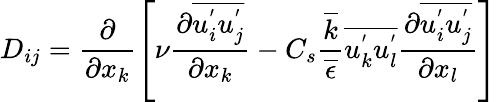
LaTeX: D_{ij}=\frac{\partial}{\partial x_{k}}\left[\nu\frac{\partial\overline{{u_{i}^{'}u_{j}^{'}}}}{\partial x_{k}}-C_{s}\frac{\overline{{k}}}{\overline{{\epsilon}}}\overline{{u_{k}^{'}u_{l}^{'}}}\frac{\partial\overline{{u_{i}^{'}u_{j}^{'}}}}{\partial x_{l}}\right]